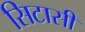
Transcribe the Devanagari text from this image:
सिटासी